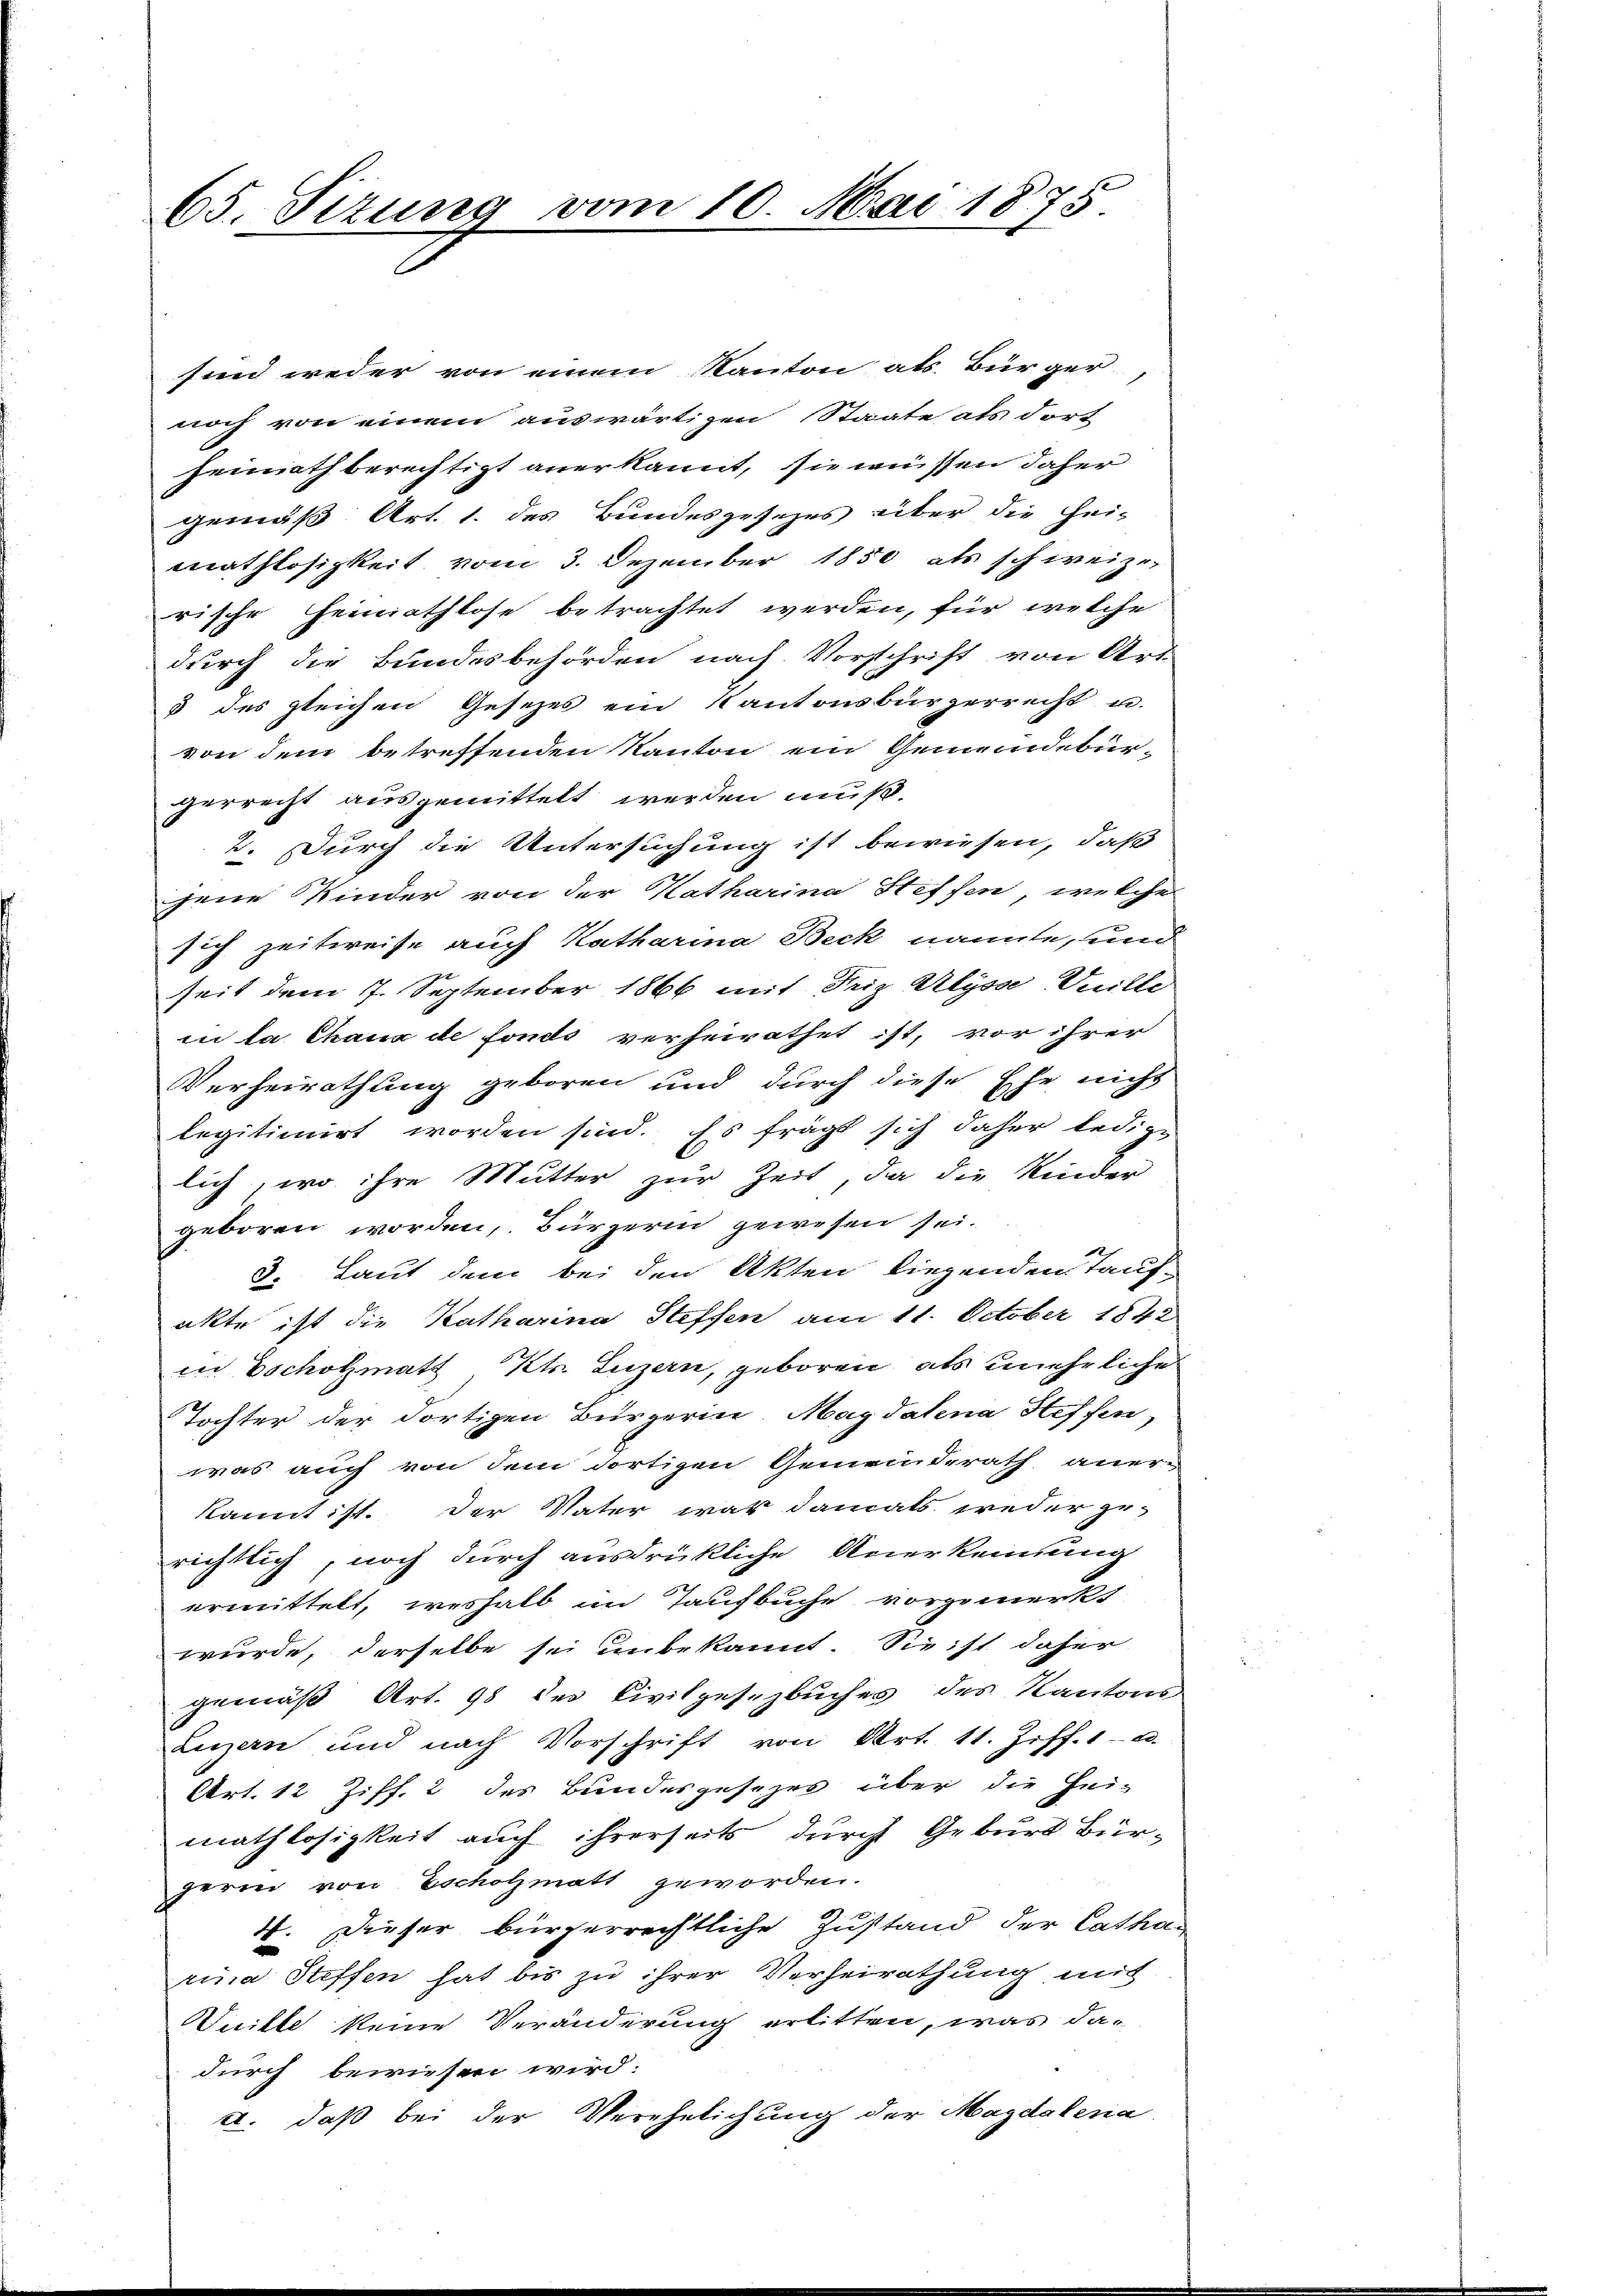
65. Sizung vom 10. Mai 1875.

sind weder von einem Kanton als Bürger
noch von einem auswärtigen Staate als dort
heimath berechtigt anerkannt, sie müssen daher
gemäß Art. 1. des Bundesgesezes über die hei-
mathlosigkeit vom 3. Dezember 1850 als schweize
rische Heimathlose betrachtet werden, für welche
durch die Bundesbehörden nach Vorschrift von Art.
5 des gleichen Gesezes ein Kantonsbürgerrecht u.
von dem betreffenden Kanton ein Gemeindebür-
gerrecht ausgemittelt werden muß.
2. Durch die Untersuchung ist bewiesen, daß
jene Kinder von der Katharina Steffen, welche
sich zeitweise auch Katharina Beck nannte, und
seit dem 7. September 1866 mit Seiz Alysse Ville
in da Chaux de fonds verheirathet ist, vor ihrer
Verheirathung geboren und durch diese Ehe nicht
legitimirt worden sind. Es frägt sich daher ledige
lich, wo ihre Mutter zur Zeit, da die Kinder
geboren worden, Bürgerin gewesen sei.
3. Laut dem bei den Akten liegenden Tauf-
akte ist die Katharina Steffen am 11. October 1842
in scholzmath Kts. Luzern, geboren, als unehrliche
Tochter der dortigen Bürgerin. Magdalena Heffen,
was auch von dem dortigen Gemeinderath aner-
kannt ist. Der Vater war damals weder zurichtlich, noch durch ausdrückliche Anerkennung
ermittelt, weshalb im Taufbuche vorgemerkt
wurde, derselbe sei unbekannt. Sie ist daher
gemäß Art. 98 des Civilgesezbuches des Kantons
Luzern und nach Vorschrift von Art. 11. Ziff. 1. 2.
Art. 12 Ziff. 2 des Bundesgesezes über die Hei-
mathlosigkeit auch ihrerseits durch Geburt Bür-
gerin von Escholzmatt geworden.
4. Dieser bürgerrechtliche Zustand der Catharina Steffen hat bis zu ihrer Verheirathung mit
Wuille keine Veränderung erlitten, was dar
durch bewiesen wird.
c. daß bei der Verehelichung der Magdalena